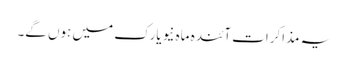
یہ مذاکرات آئندہ ماہ نیویارک میں ہوں گے۔